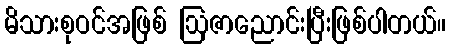
မိသားစုဝင်အဖြစ် ဩဇာညောင်းပြီးဖြစ်ပါတယ်။